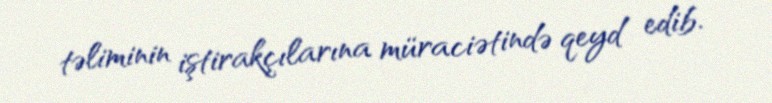
təliminin iştirakçılarına müraciətində qeyd edib.